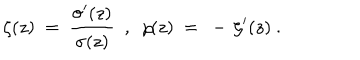
\zeta ( z ) ~ = ~ { \frac { \sigma ^ { \prime } ( z ) } { \sigma ( z ) } } ~ ~ , ~ ~ \wp \! ( z ) ~ = ~ - \, \zeta ^ { \prime } ( z ) ~ .